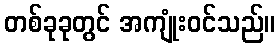
တစ်ခုခုတွင် အကျုံးဝင်သည်။